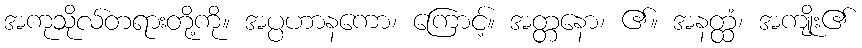
အကုသိုလ်တရားတို့ကို။ အပ္ပဟာနကော၊ ကြောင့်။ အတ္တနော၊ ၏။ အနတ္ထံ၊ အကျိုး၏